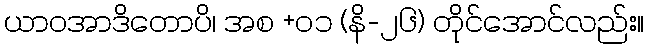
ယာဝအာဒိတောပိ၊ အစ +၀၁ (နိ-၂၆) တိုင်အောင်လည်း။